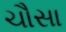
ચૌસા